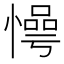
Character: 𱟊